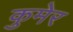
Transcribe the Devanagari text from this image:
कुमेर